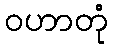
ဝဟာတုံ